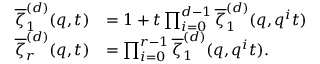
\begin{array} { r l } { \overline { \zeta } _ { 1 } ^ { ( d ) } ( q , t ) } & { = 1 + t \prod _ { i = 0 } ^ { d - 1 } \overline { \zeta } _ { 1 } ^ { ( d ) } ( q , q ^ { i } t ) } \\ { \overline { \zeta } _ { r } ^ { ( d ) } ( q , t ) } & { = \prod _ { i = 0 } ^ { r - 1 } \overline { \zeta } _ { 1 } ^ { ( d ) } ( q , q ^ { i } t ) . } \end{array}